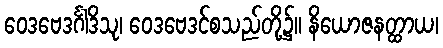
ဝေဒဗေဒင်္ဂါဒိသု၊ ဝေဒဗေဒင်စသည်တို့၌။ နိယောဇနတ္ထာယ၊